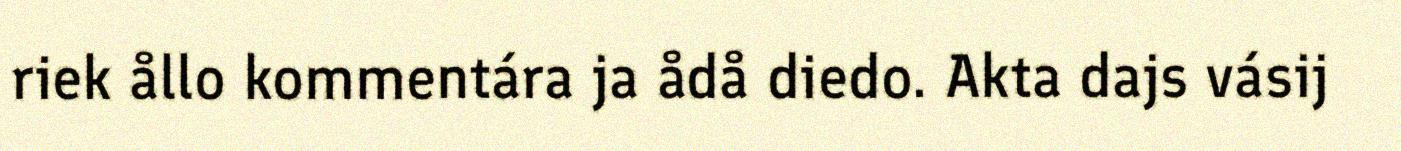
riek ållo kommentára ja ådå diedo. Akta dajs vásij